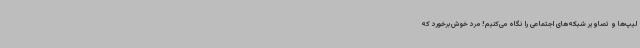
لیپ‌ها و تصاویر شبکه‌های اجتماعی را نگاه می‌کنیم! مرد خوش‌برخورد که